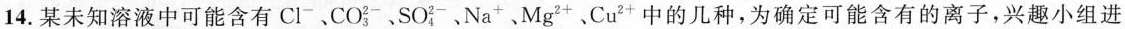
14.某未知溶液中可能含有Cl^{-}、 CO_{3}^{2-} ﹑Na^{+}、Mg^{2+}﹑Cu^{2+}中的几种，为确定可能含有的离子，兴趣小组进